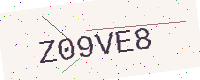
Text: Z09VE8